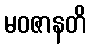
မဝဇာနတိ